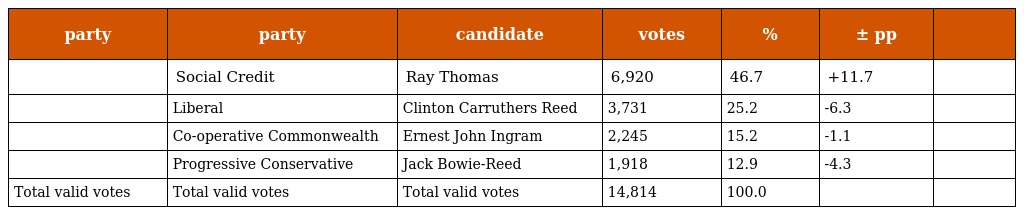
| party | party | candidate | votes | % | ± pp |  |
 | --- | --- | --- | --- | --- | --- | --- |
 |  | Social Credit | Ray Thomas | 6,920 | 46.7 | +11.7 |  |
 |  | Liberal | Clinton Carruthers Reed | 3,731 | 25.2 | -6.3 |  |
 |  | Co-operative Commonwealth | Ernest John Ingram | 2,245 | 15.2 | -1.1 |  |
 |  | Progressive Conservative | Jack Bowie-Reed | 1,918 | 12.9 | -4.3 |  |
 | Total valid votes | Total valid votes | Total valid votes | 14,814 | 100.0 |  |  |